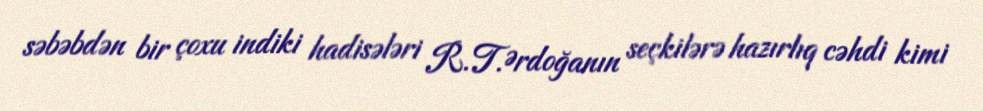
səbəbdən bir çoxu indiki hadisələri R.T.Ərdoğanın seçkilərə hazırlıq cəhdi kimi